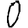
Digit: 0